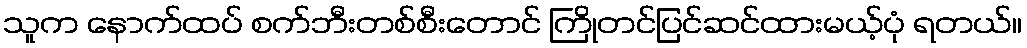
သူက နောက်ထပ် စက်ဘီးတစ်စီးတောင် ကြိုတင်ပြင်ဆင်ထားမယ့်ပုံ ရတယ်။